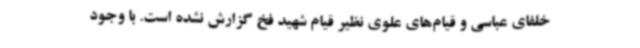
خلفای عباسی و قیام‌های علوی نظیر قیام شهید فخ گزارش نشده است. با وجود